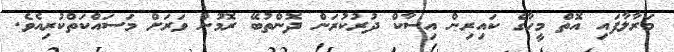
މަރާލާފައި އޮތް މީހާގެ ކައިރިން އިސާކް ދުރުކުރަން ދޮންތުބޭ ރޮމުން ވަރަށް މަސައްކަތްކުރިއެވެ.